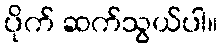
ပိုက် ဆက်သွယ်ပါ။